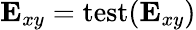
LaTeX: \mathbf{E}_{xy}=\mathop{\mathrm{test}}(\mathbf{E}_{xy})